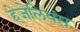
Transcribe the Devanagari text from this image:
हेजेलियंस